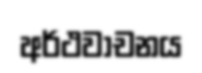
අර්ථවාචනය